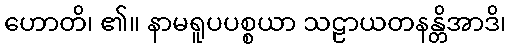
ဟောတိ၊ ၏။ နာမရူပပစ္စယာ သဠာယတနန္တိအာဒိ၊